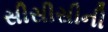
સીસીસીની